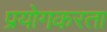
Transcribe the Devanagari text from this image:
प्रयोगकरता